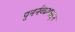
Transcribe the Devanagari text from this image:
पुनर्नव्यापासून